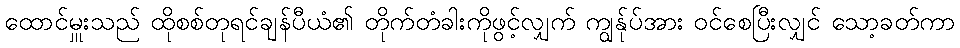
ထောင်မှူးသည် ထိုစစ်တုရင်ချန်ပီယံ၏ တိုက်တံခါးကိုဖွင့်လျှက် ကျွန်ုပ်အား ဝင်စေပြီးလျှင် သော့ခတ်ကာ